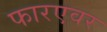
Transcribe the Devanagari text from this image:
फारएवर